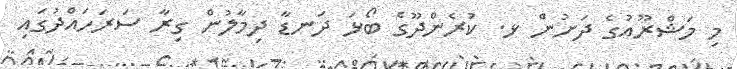
މި މަޝްރޫއުގެ ދަށުން ޅ. ކުރެންދޫގެ ބޯޅަ ދަނޑާ ދިމާލުން ގިރާ ސަރަހައްދުގައި